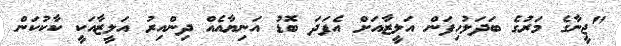
"ޖީނާގެ މަރުގެ ބަދަލުހިފަން އަލީޒާއަށް އެފަދަ ބޮޑު އަނިޔާއެއް ދިންއިރު އަލީޒާއަކީ ކާކުކަން